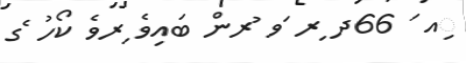
ިއ ަ 66ދ ިރ ަވ ުރން ބައިވެ ިރވެ ކޯހު ެގ